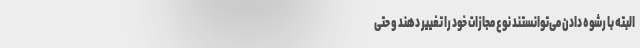
البته با رشوه دادن می‌توانستند نوع مجازات خود را تغییر دهند و حتی